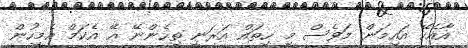
އާއެކޭ އައިމަން މަވެސް މި ހިތައް އަރަނީ ތިހެންނޭ އޭ އެކަމް އެމީހުން